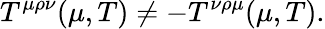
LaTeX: T^{\mu\rho\nu}(\mu,T)\not=-T^{\nu\rho\mu}(\mu,T).